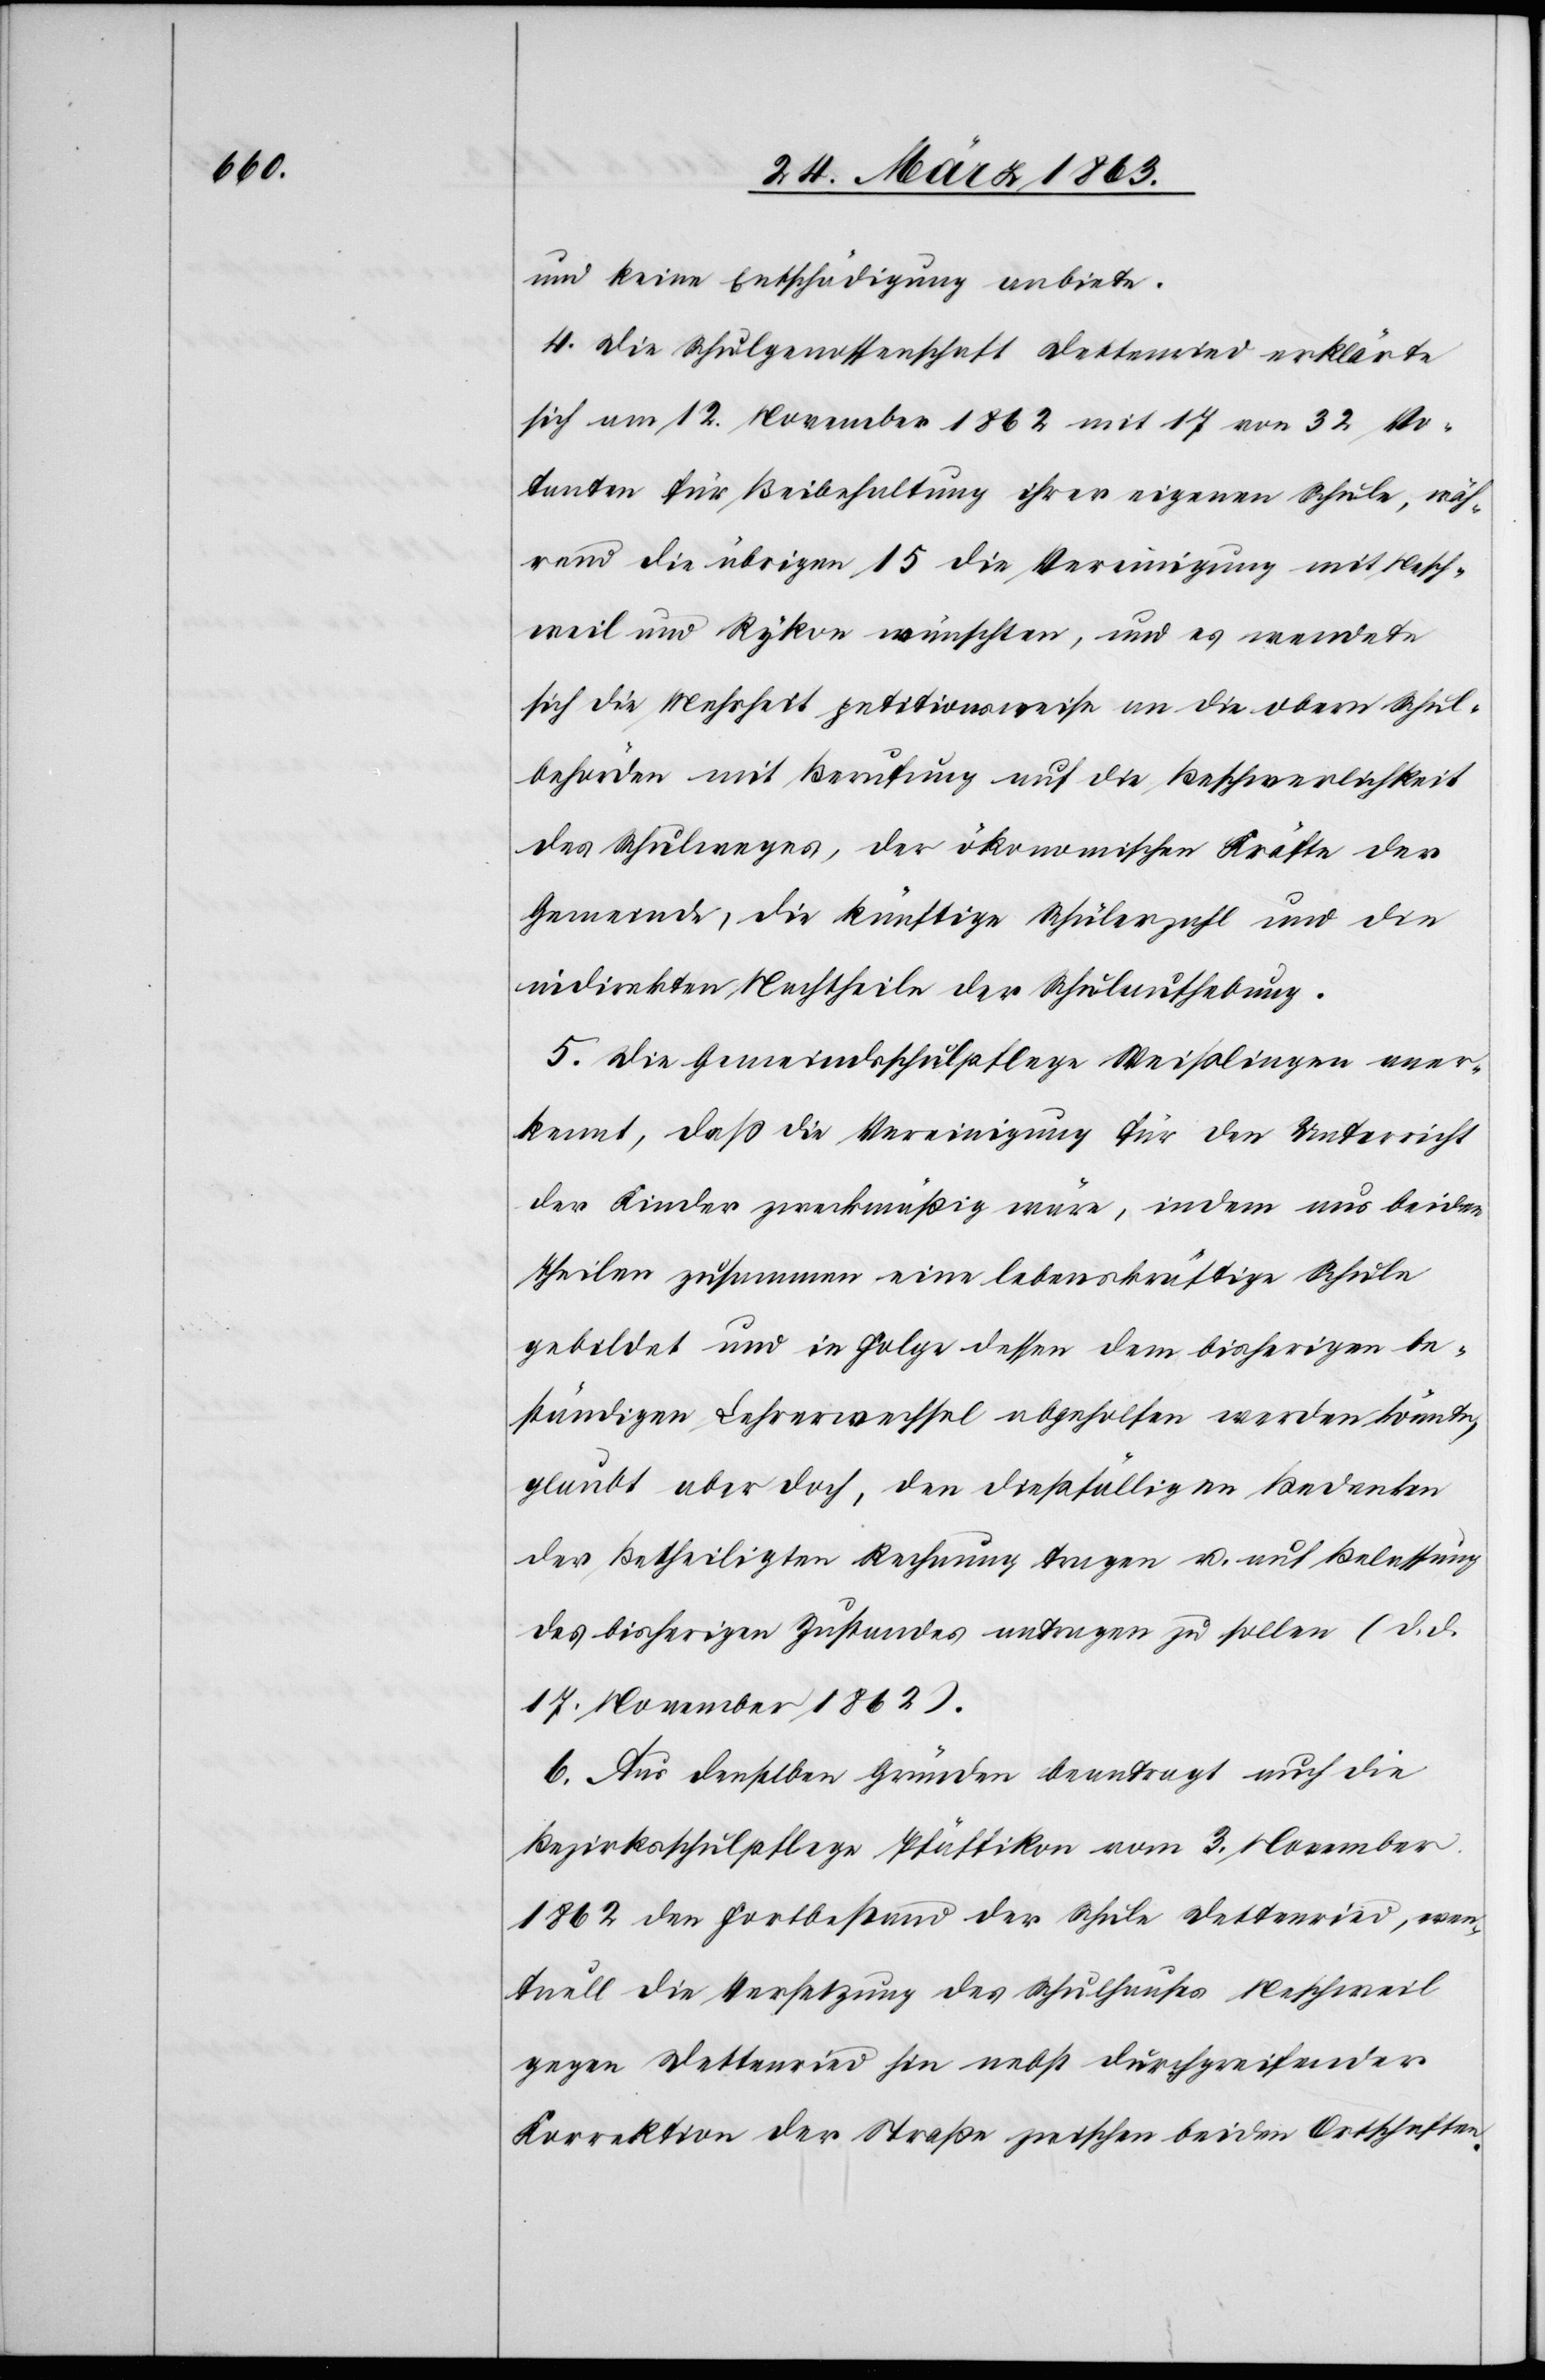
und keine Entschädigung anbiete.
4. Die Schulgenossenschaft Dettenried erklärte
sich am 12. November 1862 mit 17 von 32 Vo¬
tanten für Beibehaltung ihrer eigenen Schule, wäh¬
rend die übrigen 15 die Vereinigung mit Nesch¬
weil und Rykon wünschten, und es wendete
sich die Mehrheit petitionsweise an die obern Schul¬
behörden mit Berufung auf die Beschwerlichkeit
des Schulweges, der ökonomischen Kräfte der
Gemeinde, die künftige Schülerzahl und die
indirekten Nachtheile der Schulaufhebung.
5. Die Gemeindsschulpflege Weißlingen aner¬
kennt, daß die Vereinigung für den Unterricht
der Kinder zweckmäßig wäre, indem aus beiden
Theilen zusammen eine lebenskräftige Schule
gebildet und in Folge dessen dem bisherigen be¬
ständigen Lehrerwechsel abgeholfen werden könnte,
glaubt aber doch, den dießfälligen Bedenken
der Betheiligten Rechnung tragen u. auf Belassung
des bisherigen Zustandes antragen zu sollen (d. d.
17. November 1862).
6. Aus denselben Gründen beantragt auch die
Bezirksschulpflege Pfäffikon vom 3. November
1862 den Fortbestand der Schule Dettenried, even¬
tuell die Versetzung des Schulhauses Neschweil
gegen Dettenried hin nebst durchgreifender
Korrektion der Straße zwischen beiden Ortschaften.